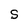
Character: S